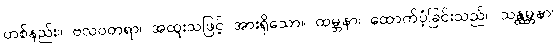
တစ်နည်း။ ဗလဝတရာ၊ အထူးသဖြင့် အားရှိသော။ ထမ္ဘနာ၊ ထောက်ပံ့ခြင်းသည်။ သန္ထမ္ဘနာ၊